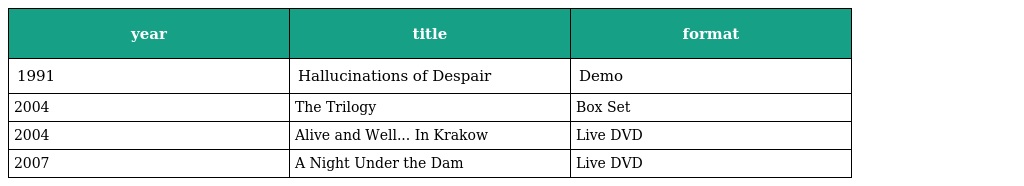
| year | title | format |
 | --- | --- | --- |
 | 1991 | Hallucinations of Despair | Demo |
 | 2004 | The Trilogy | Box Set |
 | 2004 | Alive and Well... In Krakow | Live DVD |
 | 2007 | A Night Under the Dam | Live DVD |